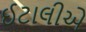
ઈટાલીએ